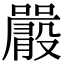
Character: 𡃫